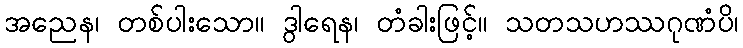
အညေန၊ တစ်ပါးသော။ ဒွါရေန၊ တံခါးဖြင့်။ သတသဟဿဂုဏံပိ၊